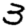
Digit: 3